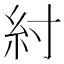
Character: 紂